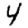
Digit: 4